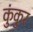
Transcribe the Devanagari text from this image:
कुंकुर